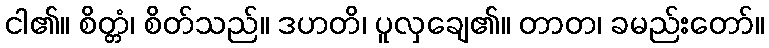
ငါ၏။ စိတ္တံ၊ စိတ်သည်။ ဒဟတိ၊ ပူလှချေ၏။ တာတ၊ ခမည်းတော်။